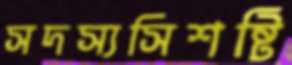
সদস্যসিশষ্টি